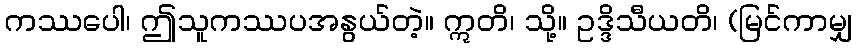
ကဿပေါ၊ ဤသူကဿပအနွယ်တဲ့။ ဣတိ၊ သို့။ ဥဒ္ဒိသီယတိ၊ (မြင်ကာမျှ